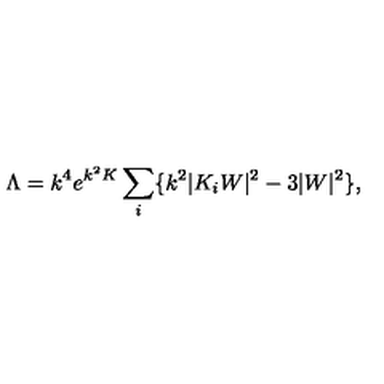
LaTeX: \Lambda = k ^ { 4 } e ^ { k ^ { 2 } K } \sum _ { i } \{ k ^ { 2 } | K _ { i } W | ^ { 2 } - 3 | W | ^ { 2 } \} ,